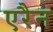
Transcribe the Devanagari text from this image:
एरैन